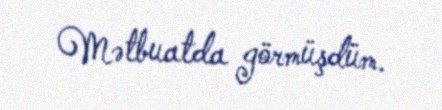
Mətbuatda görmüşdüm.